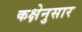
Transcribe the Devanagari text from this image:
कक्षेनुसार